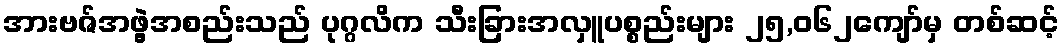
အားဗဇ်အဖွဲ့အစည်းသည် ပုဂ္ဂလိက သီးခြားအလှူပစ္စည်းများ ၂၅,၀၆၂ကျော်မှ တစ်ဆင့်